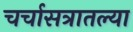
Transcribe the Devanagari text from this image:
चर्चासत्रातल्या